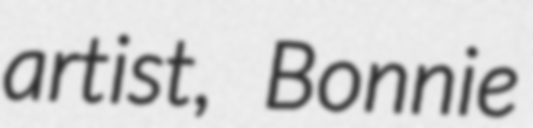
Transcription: artist, Bonnie